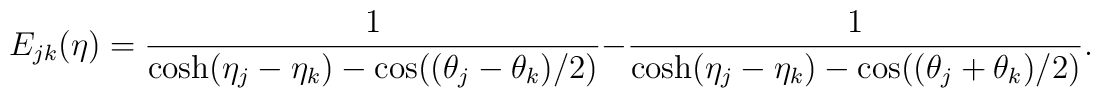
E_{jk}(\eta)= \frac{1}{\cosh(\eta_{j}-\eta_{k})-\cos((\theta_{j}-\theta_{k})/2)} -\frac{1}{\cosh(\eta_{j}-\eta_{k})-\cos((\theta_{j}+\theta_{k})/2)}.